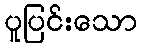
ပူပြင်းသော